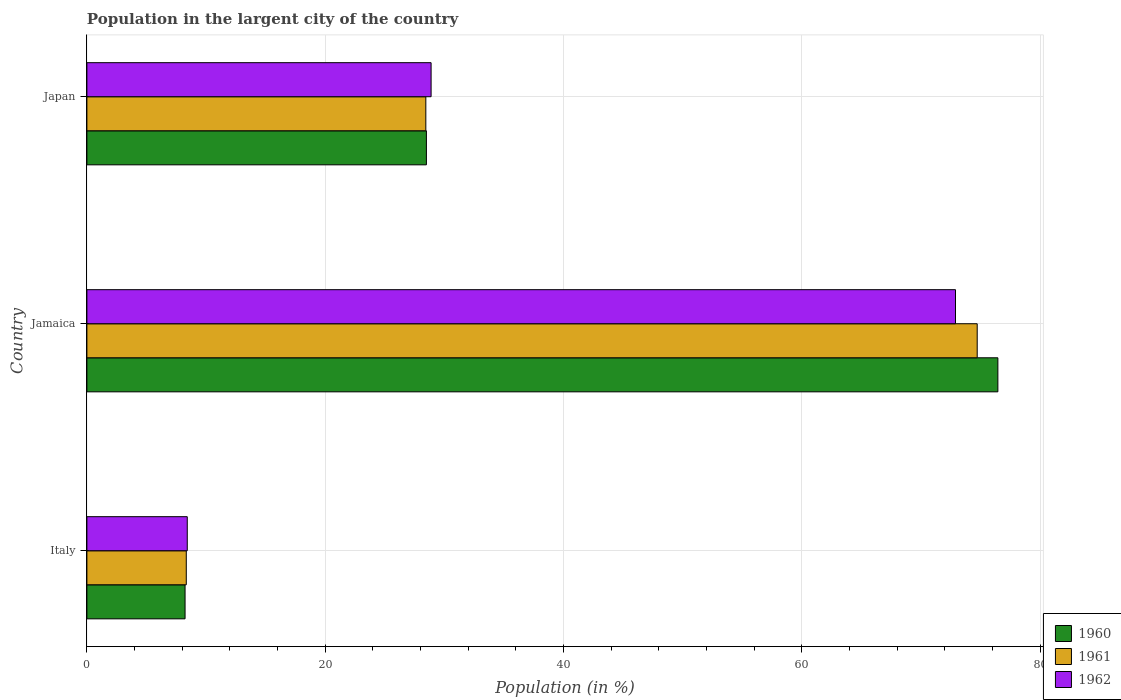
| Country | 1960 | 1961 | 1962 |
 | --- | --- | --- | --- |
 | Italy | 8.24 | 8.34 | 8.42 |
 | Jamaica | 76.5 | 74.7 | 72.9 |
 | Japan | 28.5 | 28.4 | 28.9 |